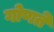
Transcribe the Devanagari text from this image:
गोणते